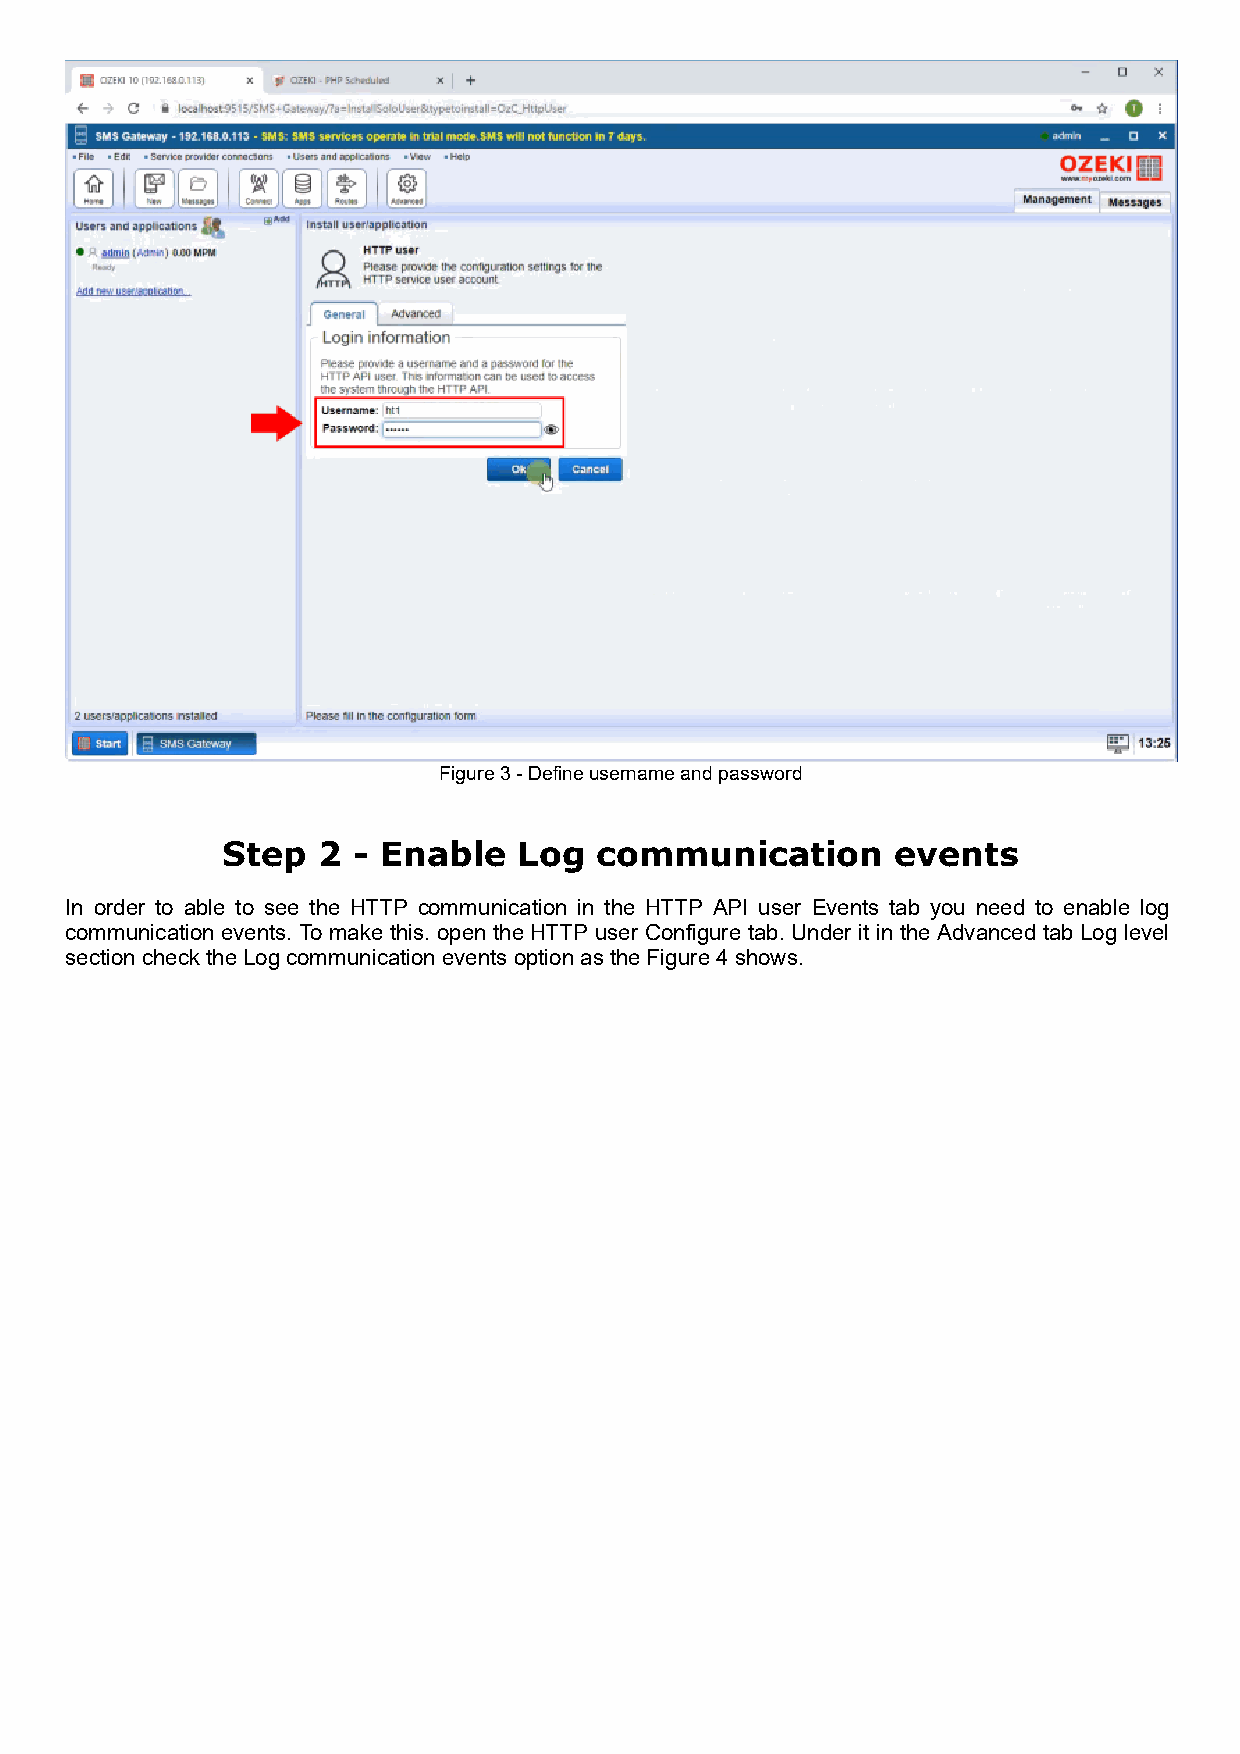
Figure 3 - Define username and password
 Step  2 - Enable   Log  communication       events
 In order to able to see the HTTP communication in the HTTP API user Events tab you need to enable log
 communication events. To make this. open the HTTP user Configure tab. Under it in the Advanced tab Log level
 section check the Log communication events option as the Figure 4 shows.